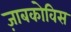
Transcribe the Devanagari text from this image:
ज़ाबकोविस